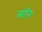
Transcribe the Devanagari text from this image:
लटीन